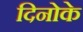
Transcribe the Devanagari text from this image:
दिनोके